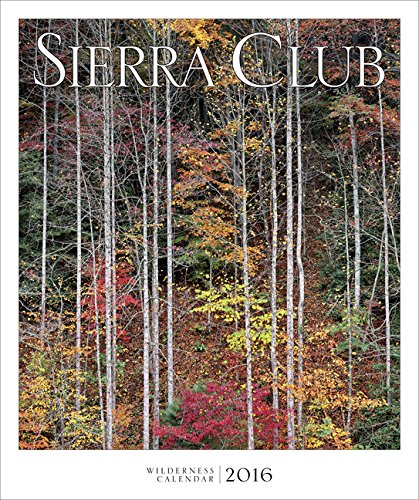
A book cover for Sierra Club Wilderness Calendar 2016; Sierra Club; Calendars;